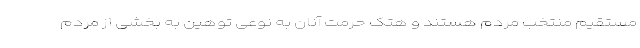
مستقیم منتخب مردم هستند و هتک حرمت آنان به نوعی توهین به بخشی از مردم